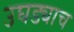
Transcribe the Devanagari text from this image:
उघड्याच